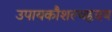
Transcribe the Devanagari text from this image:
उपायकौशल्यहृदय